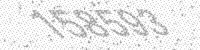
Solution: 158593